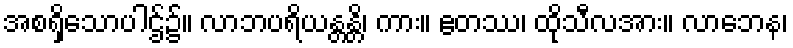
အစရှိသောပါဌ်၌။ လာဘပရိယန္တန္တိ၊ ကား။ ဧတဿ၊ ထိုသီလအား။ လာဘေန၊